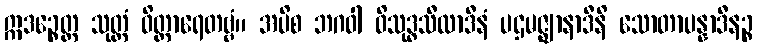
ဣဒဉ္စေတ္ထ သုတ္တံ ဝိတ္ထာရေတဗ္ဗံ။ အပိစ ဘဂဝါ ဝိသုဒ္ဓသီလာဒီနံ ပဌမဇ္ဈာနာဒီနိ သောတာပန္နာဒီနဉ္စ